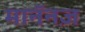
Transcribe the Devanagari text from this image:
मानॅनज़